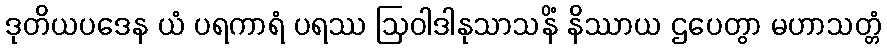
ဒုတိယပဒေန ယံ ပရကာရံ ပရဿ ဩဝါဒါနုသာသနိံ နိဿာယ ဌပေတွာ မဟာသတ္တံ